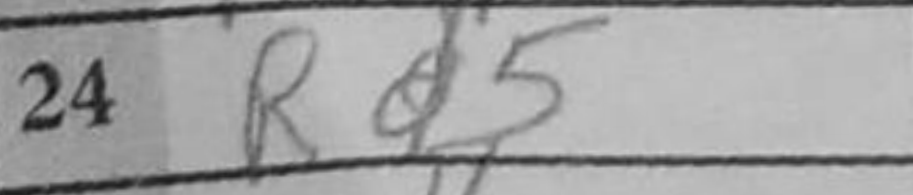
Transcription: Rd5